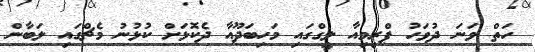
ހަތް ވަނަ ދުވަހު ޕްރިމިއާ ލީގްގައި މަހިބަދޫއާ ދެކޮޅަށް ކުޅުނު މެޗްގައި ލަބާން